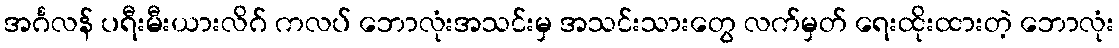
အင်္ဂလန် ပရီးမီးယားလိဂ် ကလပ် ဘောလုံးအသင်းမှ အသင်းသားတွေ လက်မှတ် ရေးထိုးထားတဲ့ ဘောလုံး